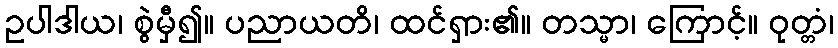
ဥပါဒါယ၊ စွဲမှီ၍။ ပညာယတိ၊ ထင်ရှား၏။ တသ္မာ၊ ကြောင့်။ ဝုတ္တံ၊